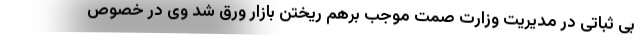
بی ثباتی در مدیریت وزارت صمت موجب برهم ریختن بازار ورق شد وی در خصوص